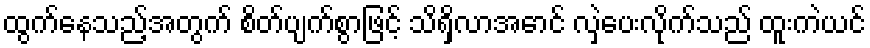
ထွက်နေသည့်အတွက် စိတ်ပျက်စွာဖြင့် သိရှိလာအောင် လှဲပေးလိုက်သည် ထူးကဲယင်